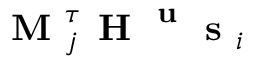
\textbf { M } _ { j } ^ { \boldsymbol { \tau } } \textbf { H } ^ { \textbf { u } } \textbf { s } _ { i }